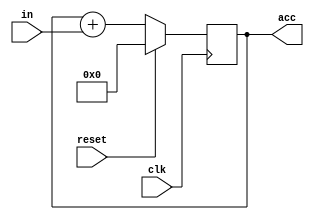
module accu(in, acc, clk, reset); 
input [7:0] in; 
input clk, reset; 
output reg [7:0]acc; 
always @(negedge clk) 
begin 
 if (reset)  
 acc<=0; 
 else  
 acc<=acc+in; 
end 
endmodule